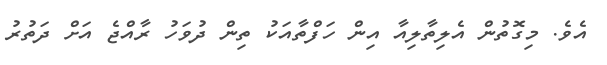
އެވެ. މިގޮތުން އެލިތާލިއާ އިން ހަފްތާއަކު ތިން ދުވަހު ރާއްޖެ އަށް ދަތުރު